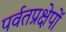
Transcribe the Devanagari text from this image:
पर्वतप्रक्षेपों